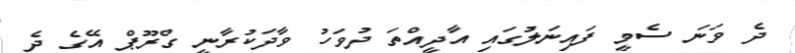
ދެ ވަނަ ސެމީ ފައިނަލުގައި އާދީއްތަ ދުވަހު ވާދަކުރާނީ ގްރޫޕް އޭގެ ދެ